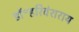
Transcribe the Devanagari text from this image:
डॉ॰हरिवंशराय